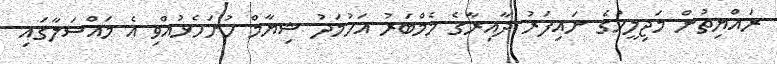
ރައްޔިތުން މަޖިލީހުގެ ނައިފަރު ދާއިރާގެ މެމްބަރު އަހުމަދު ޝިޔާމް ހުށަހެޅުއްވި އެ މައްސަލާގައި